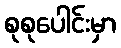
စုစုပေါင်းမှာ